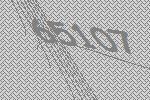
65107